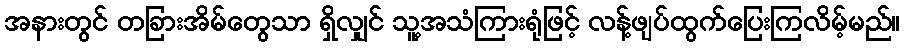
အနားတွင် တခြားအိမ်တွေသာ ရှိလျှင် သူ့အသံကြားရုံဖြင့် လန့်ဖျပ်ထွက်ပြေးကြလိမ့်မည်။